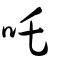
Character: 吒